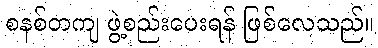
စနစ်တကျ ဖွဲ့စည်းပေးရန် ဖြစ်လေသည်။